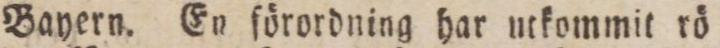
Bayern. En förordning har utkommit rö